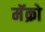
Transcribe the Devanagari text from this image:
मॅक्रो